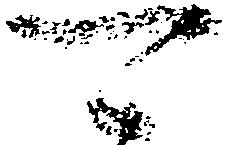
可